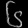
Digit: ၆